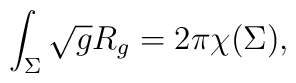
\int_\Sigma \sqrt g R_g=2\pi\chi(\Sigma),